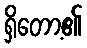
ရှိတော့၏